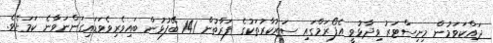
ދައްކަވަމުން މިނިސްޓަރު ވިދާޅުވީ އެފޯރަމްގައި ސަރުކާރުތަކުގެ ފަރާތުން 141 ބޭފުޅުން ބައިވެރިވެވަޑައިގަންނަވާނެ ކަމަށެވެ.